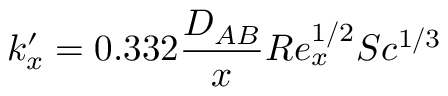
k _ { x } ^ { \prime } = 0 . 3 3 2 { \frac { D _ { A B } } { x } } R e _ { x } ^ { 1 / 2 } S c ^ { 1 / 3 }